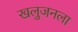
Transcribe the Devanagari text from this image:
खलुजनला